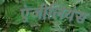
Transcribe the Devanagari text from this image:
एंजीलियंस